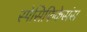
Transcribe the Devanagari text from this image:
स्पेसिफिकेसंस